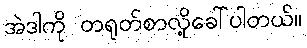
အဲဒါကို တရုတ်စာလို့ခေါ်ပါတယ်။